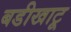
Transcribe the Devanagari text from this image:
बडीखाटू